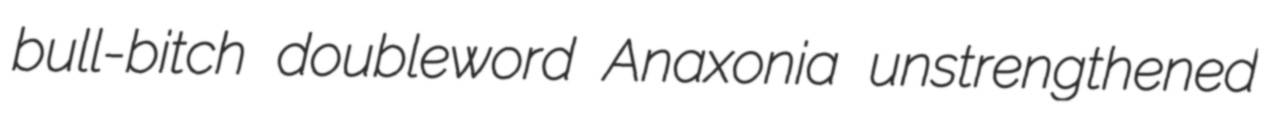
bull-bitch doubleword Anaxonia unstrengthened